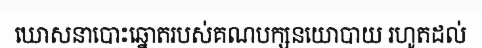
ឃោសនាបោះឆ្នោតរបស់គណបក្សនយោបាយ រហូតដល់